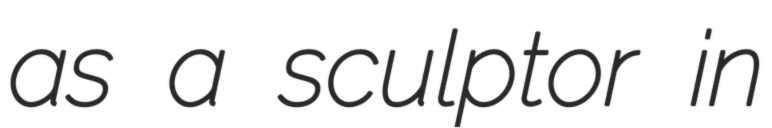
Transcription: as a sculptor in